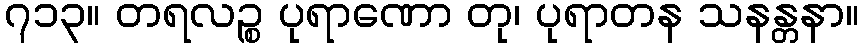
၇၁၃။ တရလဉ္စ ပုရာဏော တု၊ ပုရာတန သနန္တနာ။